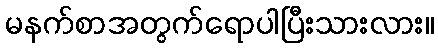
မနက်စာအတွက်ရောပါပြီးသားလား။